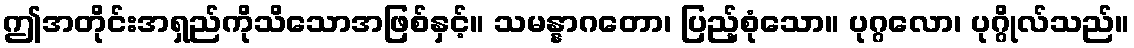
ဤအတိုင်းအရှည်ကိုသိသောအဖြစ်နှင့်။ သမန္နာဂတော၊ ပြည့်စုံသော။ ပုဂ္ဂလော၊ ပုဂ္ဂိုလ်သည်။